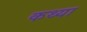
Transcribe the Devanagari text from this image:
कथ्या